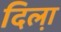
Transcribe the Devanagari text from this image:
दिला़